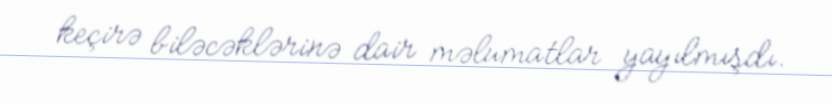
keçirə biləcəklərinə dair məlumatlar yayılmışdı.